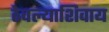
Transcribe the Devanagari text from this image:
ठेवल्याशिवाय